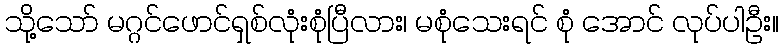
သို့သော် မဂ္ဂင်ဖောင်ရှစ်လုံးစုံပြီလား၊ မစုံသေးရင် စုံ အောင် လုပ်ပါဦး။